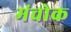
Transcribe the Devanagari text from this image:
मंचोक